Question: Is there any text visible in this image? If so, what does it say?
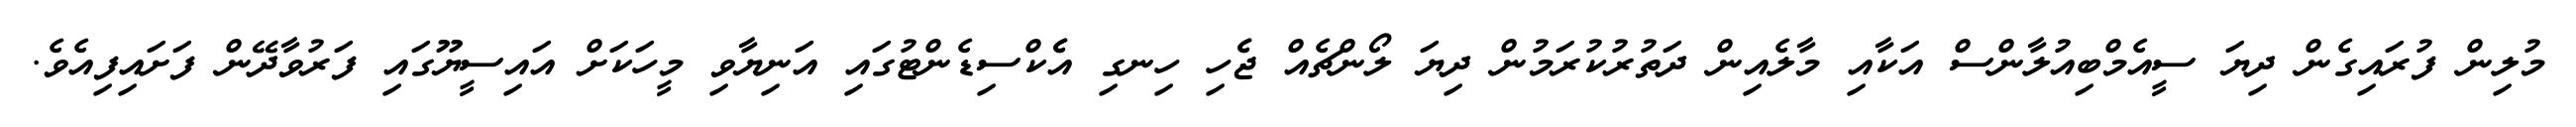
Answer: މުލިން ފުރައިގެން ދިޔަ ސީއެމްބިއުލާންސް އަކާއި މާލެއިން ދަތުރުކުރަމުން ދިޔަ ލޯންޗެއް ޖެެހި ހިނގި އެެކްސިޑެންޓުގައި އަނިޔާވި މީހަކަށް އައިސީޔޫގައި ފަރުވާދޭން ފަށައިފިއެވެ.